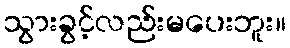
သွားခွင့်လည်းမပေးဘူး။